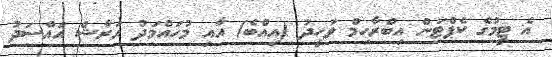
އެ ޓީމުގެ ކެޕްޓަން އިބްރާހިމް ވަހީދު (އިއްބެ) އާއި މުހައްމަދު އަރާޝް އައްސަދު